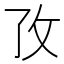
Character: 𭣡